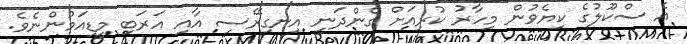
އެ ސްކޫލުގެ ކިޔެވުން މިހާރު ކުރިއަށް ގެންދަނީ އިނގިރޭސި އާއި އަރަބި މީޑިއަމުންނެވެ.